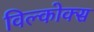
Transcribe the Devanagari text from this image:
विल्कोक्स